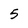
Character: 5